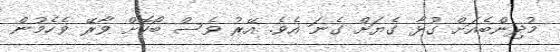
މުދިންބެއަށް ގުޅާ ގެޔަށް ގެނަ އެވެ. އޭރު ވެސް ބޯކޮށް ވާރޭ ވެހެމުން